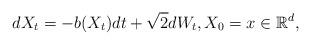
LaTeX: \begin{align*}dX_t=-b(X_t)dt + \sqrt{2}dW_t, X_0=x \in \mathbb R^d,\end{align*}